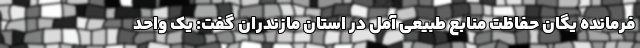
فرمانده یگان حفاظت منابع طبیعی آمل در استان مازندران گفت: یک واحد